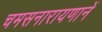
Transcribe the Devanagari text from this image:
चमसनारायणानें